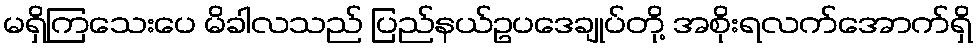
မရှိကြသေးပေ မိခါလသည် ပြည်နယ်ဥပဒေချုပ်တို့ အစိုးရလက်အောက်ရှိ